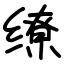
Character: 缭